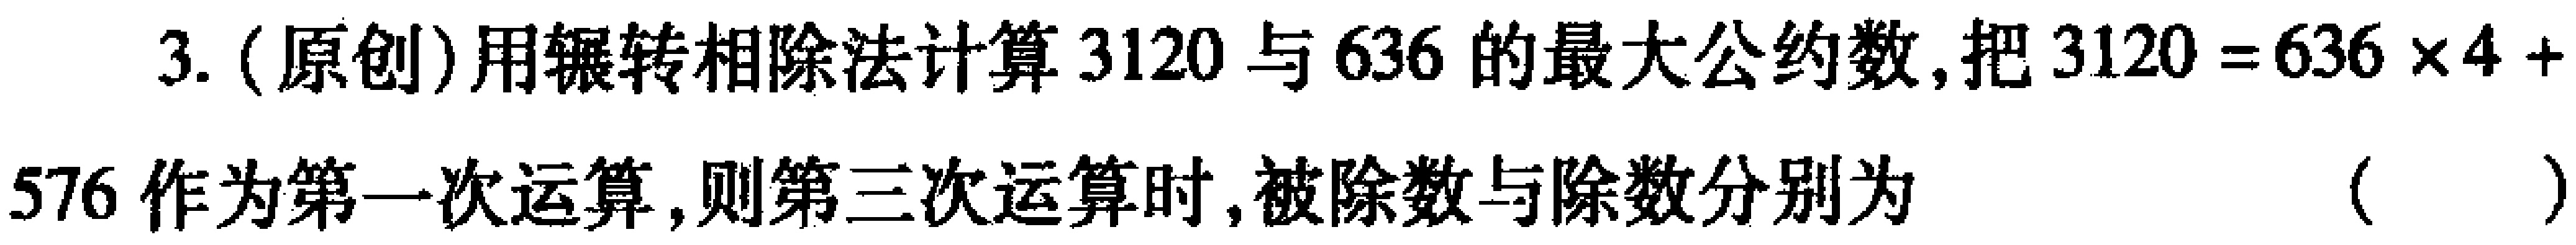
3. (原创)用辗转相除法计算$3120$与$636$的最大公约数,把$3120 = 636\times 4 + 576$作为第一次运算,则第三次运算时,被除数与除数分别为 （  ）